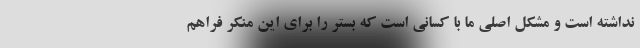
نداشته است و مشکل اصلی ما با کسانی است که بستر را برای این منکر فراهم